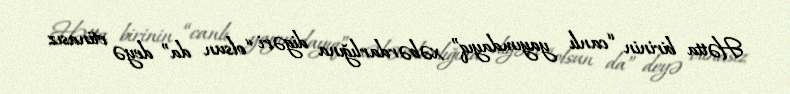
Hətta birinin “canlı yayımdayıq” xəbərdarlığına digəri “olsun da” deyə etinasız